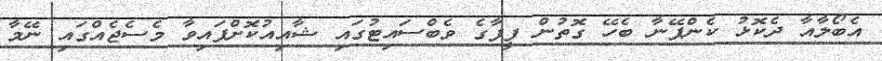
އެބޯލާއާ ދެކޮޅު ކެންޕޭނާ ބެހޭ ގޮތުން ފީފާގެ ވެބްސައިޓުގައި ޝާއިއުކޮށްފައިވާ މެސެޖެއްގައި ނޭމާ